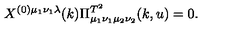
X ^ { ( 0 ) \mu _ { 1 } \nu _ { 1 } \lambda } ( k ) \Pi _ { \mu _ { 1 } \nu _ { 1 } \mu _ { 2 } \nu _ { 2 } } ^ { T ^ { 2 } } ( k , u ) = 0 .